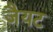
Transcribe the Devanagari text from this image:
जैयट